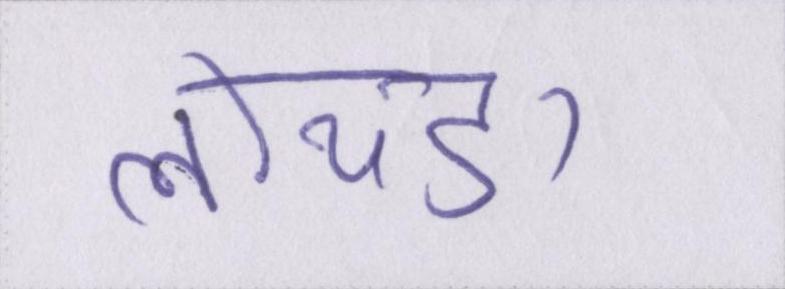
लोथडा